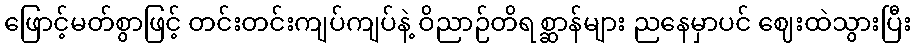
ဖြောင့်မတ်စွာဖြင့် တင်းတင်းကျပ်ကျပ်နဲ့ ဝိညာဉ်တိရစ္ဆာန်များ ညနေမှာပင် ဈေးထဲသွားပြီး